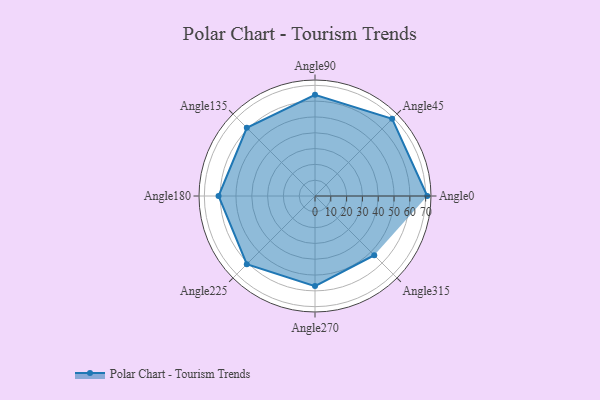
{"axis": {"x": "Angle", "y": "Radius"}, "legend": [""], "data": [{"x": "Angle0", "y": 71.0, "type": ""}, {"x": "Angle45", "y": 69.0, "type": ""}, {"x": "Angle90", "y": 64.0, "type": ""}, {"x": "Angle135", "y": 61.0, "type": ""}, {"x": "Angle180", "y": 61.0, "type": ""}, {"x": "Angle225", "y": 61.0, "type": ""}, {"x": "Angle270", "y": 57.0, "type": ""}, {"x": "Angle315", "y": 53.0, "type": ""}]}